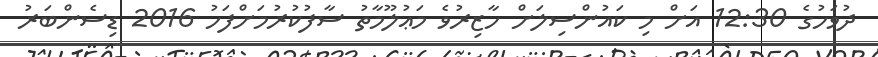
ދުވަހުގެ 12:30 އަށް މި ކައުންސިލަށް ހާޒިރުވެ މަޢުލޫމާތު ސާފުކުރުމަށްފަހު 2016 ޑިސެންބަރު